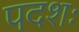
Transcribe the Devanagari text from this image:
पदशः